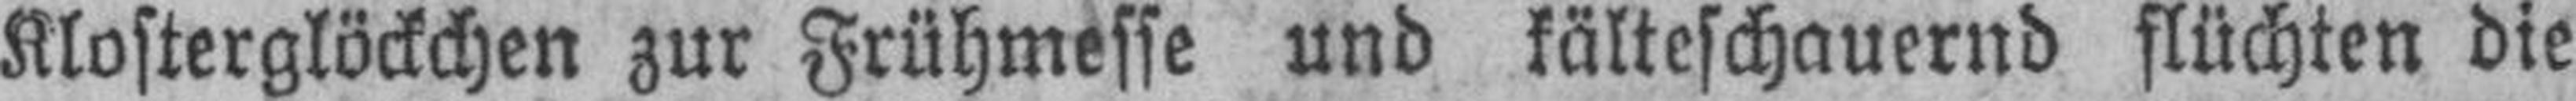
Klosterglöckchen zur Frühmesse und kälteschauernd flüchten die